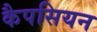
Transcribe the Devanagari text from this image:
कैपसियन